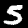
Digit: 5